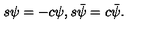
\begin{matrix} { s \psi = - c \psi , } & { s \bar { \psi } = c \bar { \psi } . } \\ \end{matrix}